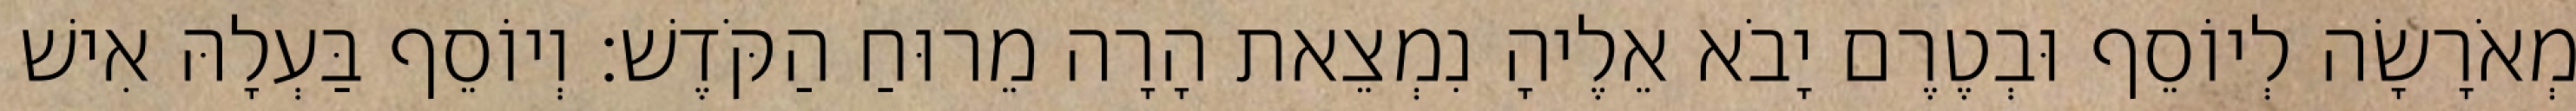
מְאֹרָשָׂה לְיוֹסֵף וּבְטֶרֶם יָבֹא אֵלֶיהָ נִמְצֵאת הָרָה מֵרוּחַ הַקֹּדֶשׁ׃ וְיוֹסֵף בַּעְלָהּ אִישׁ